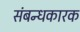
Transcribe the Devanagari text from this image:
संबन्धकारक